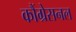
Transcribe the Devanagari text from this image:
कौंग्रेसनल